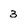
Character: 3